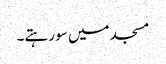
مسجد میں سو رہتے۔